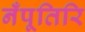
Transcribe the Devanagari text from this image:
नँपूतिरि